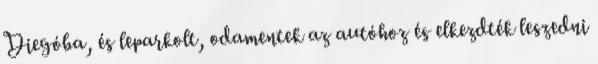
Diegóba, és leparkolt, odamentek az autóhoz és elkezdték leszedni